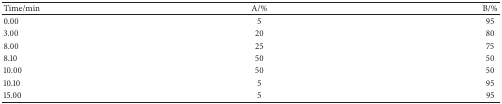
<table><thead><tr><td><b>Time/min</b></td><td><b>A/%</b></td><td><b>B/%</b></td></tr></thead><tbody><tr><td>0.00</td><td>5</td><td>95</td></tr><tr><td>3.00</td><td>20</td><td>80</td></tr><tr><td>8.00</td><td>25</td><td>75</td></tr><tr><td>8.10</td><td>50</td><td>50</td></tr><tr><td>10.00</td><td>50</td><td>50</td></tr><tr><td>10.10</td><td>5</td><td>95</td></tr><tr><td>15.00</td><td>5</td><td>95</td></tr></tbody></table>